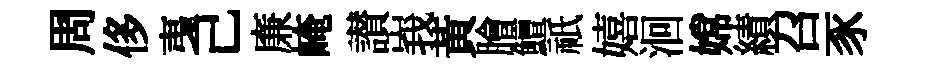
周侈𢎯己廉崦讃峩黃膾鱣祇嬉洄嫦績召豕